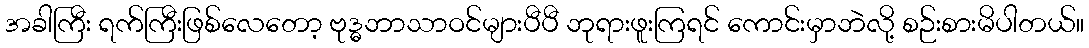
အခါကြီး ရက်ကြီးဖြစ်လေတော့ ဗုဒ္ဓဘာသာဝင်များပီပီ ဘုရားဖူးကြရင် ကောင်းမှာဘဲလို့ စဉ်းစားမိပါတယ်။